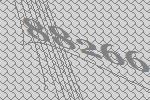
88266